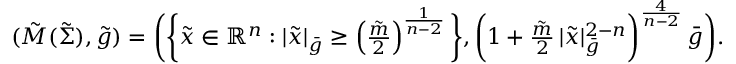
\begin{array} { r } { ( \tilde { M } ( \tilde { \Sigma } ) , \tilde { g } ) = \bigg ( \bigg \{ \tilde { x } \in \mathbb { R } ^ { n } : | \tilde { x } | _ { \bar { g } } \geq \left( \frac { \tilde { m } } { 2 } \right) ^ { \frac { 1 } { n - 2 } } \bigg \} , \bigg ( 1 + \frac { \tilde { m } } { 2 } \, | \tilde { x } | _ { \bar { g } } ^ { 2 - n } \bigg ) ^ { \frac { 4 } { n - 2 } } \, \bar { g } \bigg ) . } \end{array}